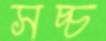
সচ্চ